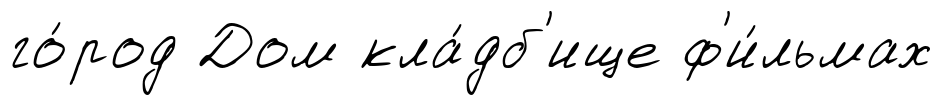
го́род Дом кла́дб'ище ф'и́льмах